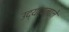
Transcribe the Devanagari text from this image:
उद्यापनाने